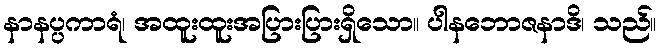
နာနပ္ပကာရံ၊ အထူးထူးအပြားပြားရှိသော။ ပါနဘောဇနာဒိ၊ သည်။